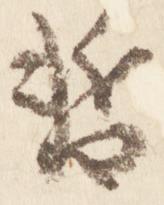
暫